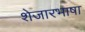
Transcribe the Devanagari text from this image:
शेजारभाषा